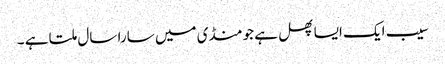
سیب ایک ایسا پھل ہے جو منڈی میں سارا سال ملتا ہے ۔